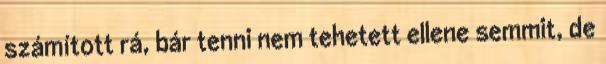
számított rá, bár tenni nem tehetett ellene semmit, de